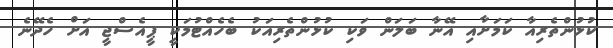
ކުުޅުންތެރިއާ ކަމަށާއި އޭނާ ބަލަން ވަކި ކުޅުންތެރިއަކު ބެހެއްޓުމަކީ ޕީއެސްޖީ އަށް ހެދޭނެ